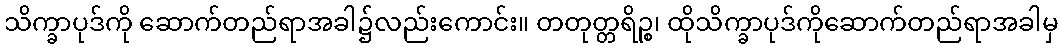
သိက္ခာပုဒ်ကို ဆောက်တည်ရာအခါ၌လည်းကောင်း။ တတုတ္တရိဉ္စ၊ ထိုသိက္ခာပုဒ်ကိုဆောက်တည်ရာအခါမှ